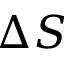
\Delta S